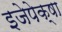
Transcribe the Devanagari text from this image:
इजेपेक्षा